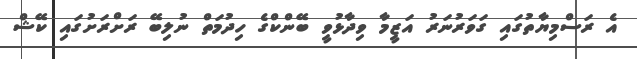
އެ ރަސްމިޔާތުގައި ގަވަރުނަރު އަޒީމާ ވިދާޅުވީ ބޭންކްގެ ހިދުމަތް ނުލިބޭ ރަށްރަށުގައި ކޭޝް